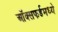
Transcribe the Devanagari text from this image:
ऑक्सफर्डमध्ये